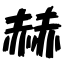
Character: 赫